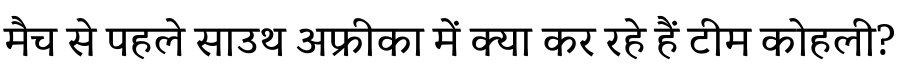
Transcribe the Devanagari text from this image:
मैच से पहले साउथ अफ्रीका में क्या कर रहे हैं टीम कोहली?